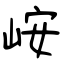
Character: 峖